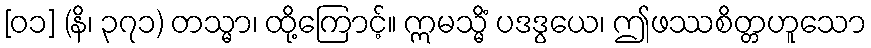
[၀၁] (နိ၊ ၃၇၁) တသ္မာ၊ ထို့ကြောင့်။ ဣမသ္မိံ ပဒဒွယေ၊ ဤဖဿစိတ္တဟူသော